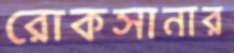
রোকসানার